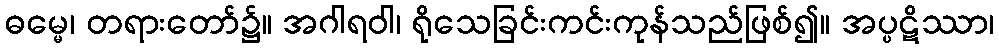
ဓမ္မေ၊ တရားတော်၌။ အဂါရဝါ၊ ရိုသေခြင်းကင်းကုန်သည်ဖြစ်၍။ အပ္ပဋိဿာ၊